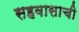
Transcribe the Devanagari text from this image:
सहवासाची